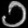
Digit: ၁